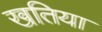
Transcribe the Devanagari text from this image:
खतिया